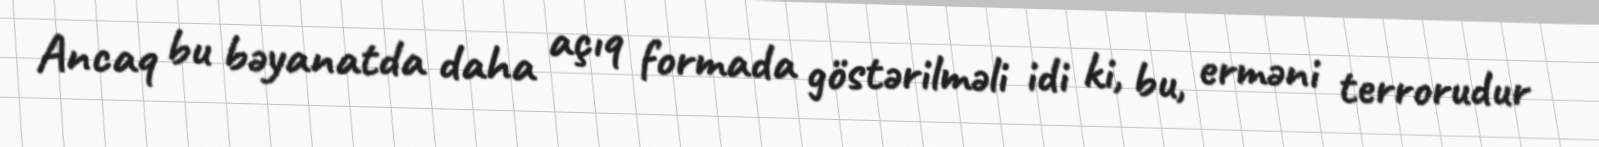
Ancaq bu bəyanatda daha açıq formada göstərilməli idi ki, bu, erməni terrorudur